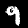
Digit: 9